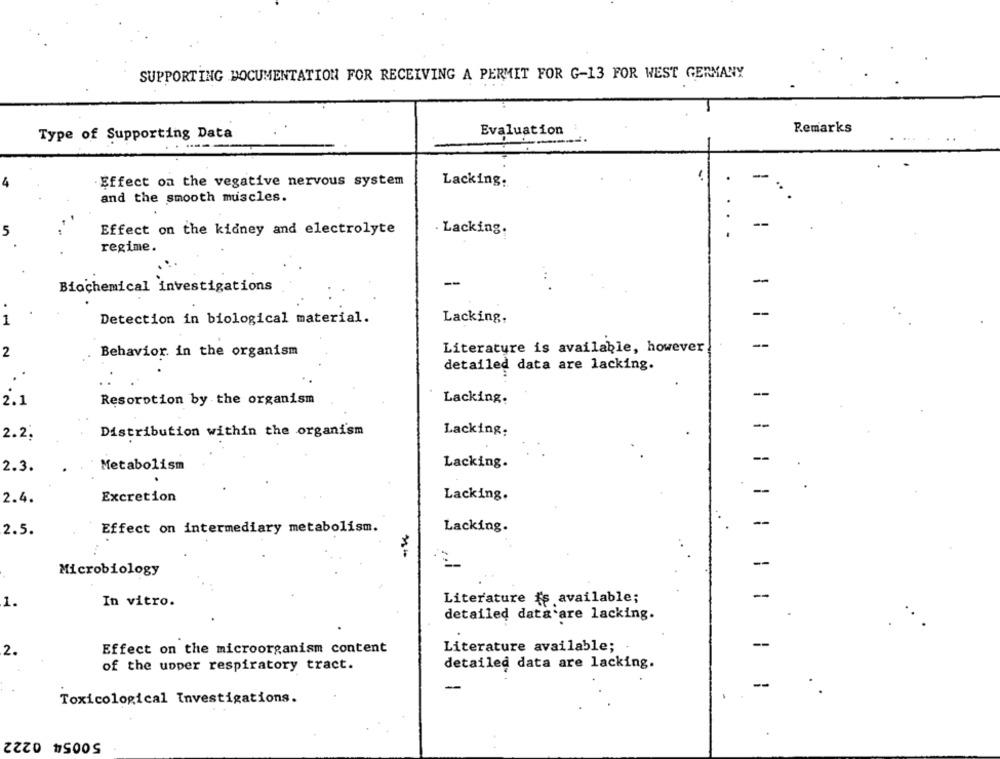
SUPPORTING DOCUMENTATION FOR RECEIVING A PERMIT FOR G-13 FOR WEST GERMANY
Remarks
Type of Supporting Data
Evaluation
-
Effect on the vegative nervous system
Lacking.
4
and the smooth muscles.
Effect on the kidney and electrolyte
. Lacking.
regime.
Biochemical investigations
--
Lacking,
1
Detection in biological material.
Literature is available, however
--
2
Behavior. in the organism
detailed data are lacking.
--
2.1
Resorption by the organism
Lacking.
Distribution within the organism
Lacking:
2.2.
--
2.3.
Metabolism
Lacking.
-
2.4.
Excretion
Lacking.
--
2.5.
Effect on intermediary metabolism.
Lacking.
-
Microbiology
Literature is available;
--
1.
In vitro.
detailed data are lacking.
2.
Effect on the microorganism content
Literature available;
of the upper respiratory tract.
detailed data are lacking.
--
Toxicological Investigations.
50054 0222